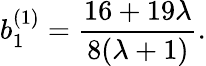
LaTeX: b_{1}^{(1)}=\frac{16+19\lambda}{8(\lambda+1)}.